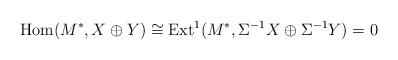
LaTeX: \begin{align*}\operatorname{Hom}(M^{\ast}, X \oplus Y) \cong \operatorname{Ext}^1(M^{\ast},\Sigma^{-1} X \oplus \Sigma^{-1} Y) =0\end{align*}